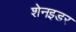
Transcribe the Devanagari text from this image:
शेनइडर